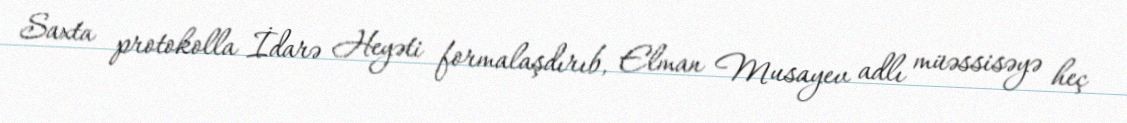
Saxta protokolla İdarə Heyəti formalaşdırıb, Elman Musayev adlı müəssisəyə heç